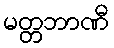
မတ္တဘာဏီ